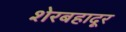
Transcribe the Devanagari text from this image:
शेरबहादूर